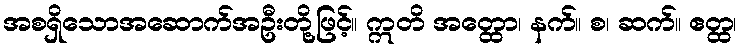
အစရှိသောအဆောက်အဦးတို့ဖြင့်။ ဣတိ အတ္ထော၊ နက်။ စ၊ ဆက်။ ဧတ္ထ၊